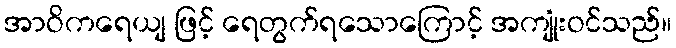
အာဝိကရေယျ ဖြင့် ရေတွက်ရသောကြောင့် အကျုံးဝင်သည်။